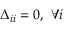
\Delta _ { i i } = 0 , \ \forall i